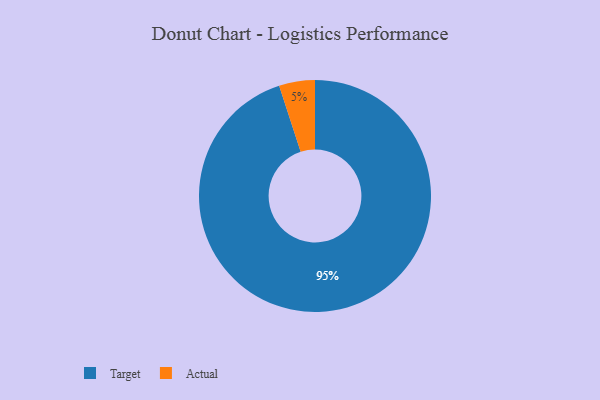
{"axis": {"x": "Category", "y": "Percentage"}, "legend": ["Actual", "Target"], "data": [{"x": "Target", "y": 95, "type": "Target"}, {"x": "Actual", "y": 5, "type": "Actual"}]}